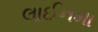
લાઈનમા